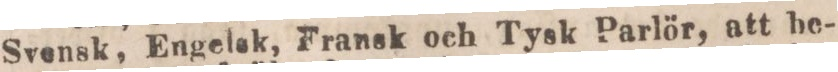
Svensk, Engelsk, Fransk och Tysk Parlör, att be-